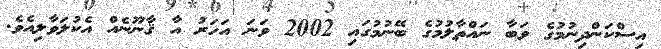
އިސްކަންދިނުމުގެ ވަބާ ނައްތާލުމުގެ ބޭނުމުގައި 2002 ވަނަ އަހަރު އާ ޤާނޫނެއް އެކުލަވާލިއެވެ.